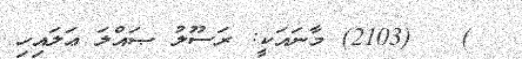
)   (2103) މާނައަކީ: ރަސޫލު ޞައްލަ ޢަލައިހި